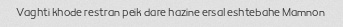
Vaghti khode restran peik dare hazine ersal eshtebahe Mamnon